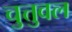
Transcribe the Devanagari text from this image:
चुत्तुवल